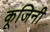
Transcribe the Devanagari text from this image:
कूजिनी